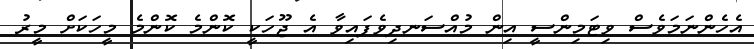
އެހެންނަމަވެސް ވިޓަމިންސީ އިން މުއްސަނދިވެފައިވާ އެ ޖޫހަކީ ކޮންމެ ކޮންމެ މީހަކަށް މީރު